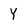
Character: Y